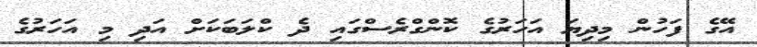
އޭގެ ފަހުން މިދިޔަ އަހަރުގެ ކޮންގްރެސްގައި ދެ ކްލަބަކަށް އަދި މި އަހަރުގެ